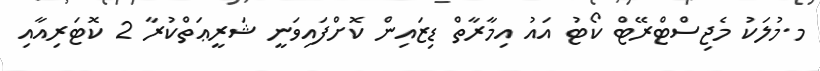
މ.މުލަކު މެޖިސްޓްރޭޓް ކޯޓު އައު އިމާރާތް ޑިޒައިން ކޮށްފައިވަނީ ޝަރީޢަތްކުރާ 2 ކޮޓަރިއާއި